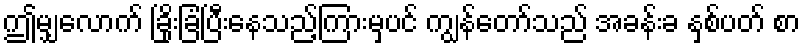
ဤမျှလောက် ခြိုးခြံပြီးနေသည့်ကြားမှပင် ကျွန်တော်သည် အခန်းခ နှစ်ပတ် စာ